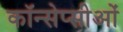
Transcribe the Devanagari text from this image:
कॉन्सेप्सीओं